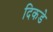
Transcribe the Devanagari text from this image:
दिकडे